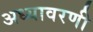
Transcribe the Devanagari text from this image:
अध्यावरणी